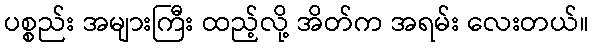
ပစ္စည်း အများကြီး ထည့်လို့ အိတ်က အရမ်း လေးတယ်။